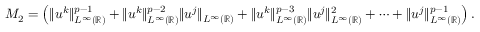
M _ { 2 } = \left( \| u ^ { k } \| _ { L ^ { \infty } ( \mathbb { R } ) } ^ { p - 1 } + \| u ^ { k } \| _ { L ^ { \infty } ( \mathbb { R } ) } ^ { p - 2 } \| u ^ { j } \| _ { L ^ { \infty } ( \mathbb { R } ) } + \| u ^ { k } \| _ { L ^ { \infty } ( \mathbb { R } ) } ^ { p - 3 } \| u ^ { j } \| _ { L ^ { \infty } ( \mathbb { R } ) } ^ { 2 } + \cdots + \| u ^ { j } \| _ { L ^ { \infty } ( \mathbb { R } ) } ^ { p - 1 } \right) .